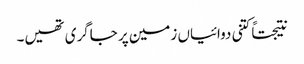
نتیجتاً کتنی دوائیاں زمین پر جاگری تھیں۔